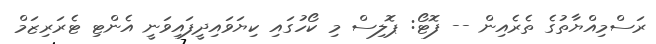
ރަސްމިއްޔާތުގެ ތެރެއިން -- ފޮޓޯ: ޕޮލިސް މި ކޯހުގައި ކިޔަވައިދީފައިވަނީ އެންޓި ޓެރަރިޒަމް